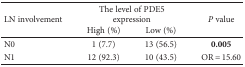
| <ROWSPAN=2> LN involvement | <COLSPAN=2> The level of PDE5 expression | <ROWSPAN=2> P value |
 | High (%) | Low (%) |
 | --- | --- | --- | --- |
 | N0 | 1 (7.7) | 13 (56.5) | 0.005 |
 | N1 | 12 (92.3) | 10 (43.5) | OR = 15.60 |